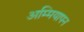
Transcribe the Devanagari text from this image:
अम्मियापन